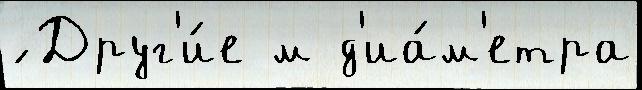
́ Друг'и́е м д'иа́м'етра